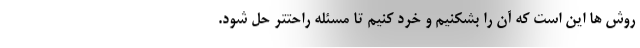
روش ها این است که آن را بشکنیم و خرد کنیم تا مسئله راحتتر حل شود.